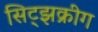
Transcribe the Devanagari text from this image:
सिट्झक्रीग